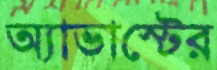
অ্যাভাস্টের